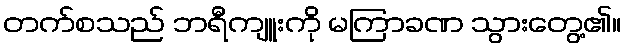
တက်စသည် ဘရီကျူးကို မကြာခဏ သွားတွေ့၏။